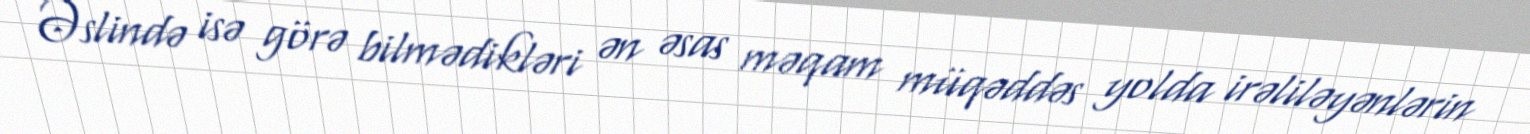
Əslində isə görə bilmədikləri ən əsas məqam müqəddəs yolda irəliləyənlərin